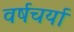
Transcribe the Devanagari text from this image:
वर्षचर्या